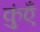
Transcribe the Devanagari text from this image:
कुंएँ